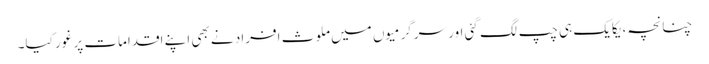
چنانچہ، یکایک ہی چپ لگ گئی اور سرگرمیوں میں ملوث افراد نے بھی اپنے اقدامات پر غور کیا۔